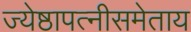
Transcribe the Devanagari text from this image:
ज्येष्ठापत्नीसमेताय